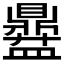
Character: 𱲞